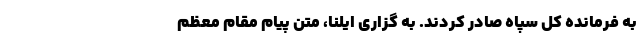
به فرمانده کل سپاه صادر کردند. به گزاری ایلنا،‌ متن پیام مقام معظم